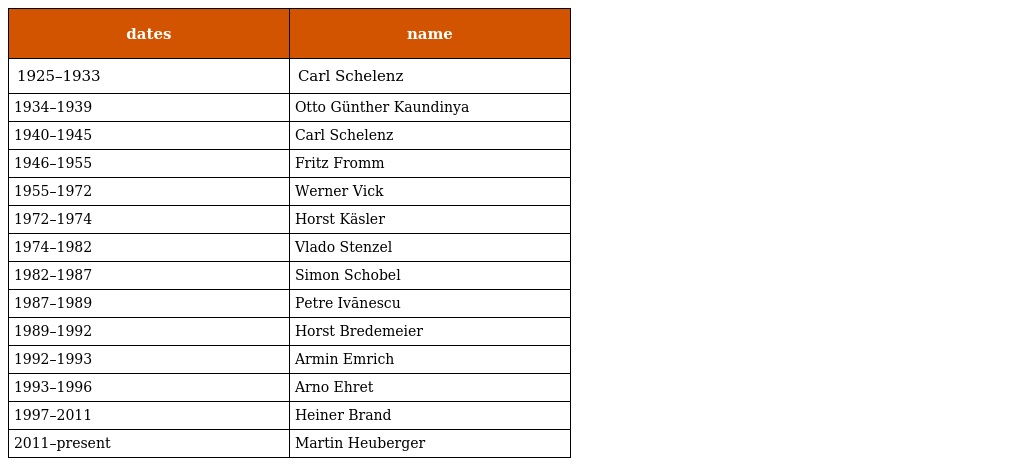
| dates | name |
 | --- | --- |
 | 1925–1933 | Carl Schelenz |
 | 1934–1939 | Otto Günther Kaundinya |
 | 1940–1945 | Carl Schelenz |
 | 1946–1955 | Fritz Fromm |
 | 1955–1972 | Werner Vick |
 | 1972–1974 | Horst Käsler |
 | 1974–1982 | Vlado Stenzel |
 | 1982–1987 | Simon Schobel |
 | 1987–1989 | Petre Ivănescu |
 | 1989–1992 | Horst Bredemeier |
 | 1992–1993 | Armin Emrich |
 | 1993–1996 | Arno Ehret |
 | 1997–2011 | Heiner Brand |
 | 2011–present | Martin Heuberger |